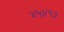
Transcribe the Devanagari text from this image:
४५४१३